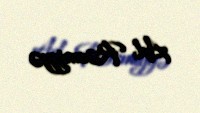
Ad: Rəsmiyyə